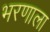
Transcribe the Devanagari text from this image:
भरणाला